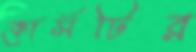
কোর্সটির